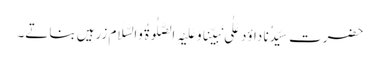
حضرت سیِّدُنا داؤد عَلٰی نَبِیِّنَاوَعَلَیْہِ الصَّلٰوۃُ وَالسَّلَام زرہیں بناتے۔